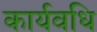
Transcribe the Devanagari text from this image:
कार्यवधि